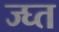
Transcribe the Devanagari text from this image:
ज्घ्त